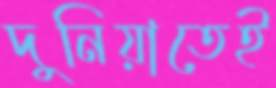
দুনিয়াতেই